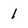
Character: 1